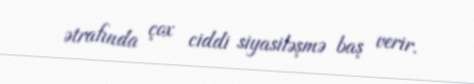
ətrafında çox ciddi siyasiləşmə baş verir.